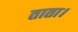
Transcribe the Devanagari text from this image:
ताता।